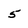
Character: 5